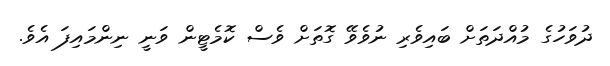
ދުވަހުގެ މުއްދަތަށް ބައިވެރި ނުވެވޭ ގޮތަށް ވެސް ކޮމެޓީން ވަނީ ނިންމައިފަ އެވެ.